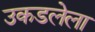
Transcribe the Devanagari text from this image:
उकडलेला